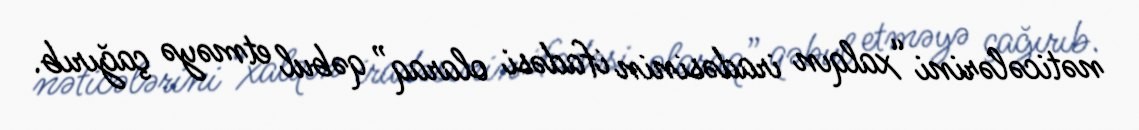
nəticələrini “xalqın iradəsinin ifadəsi olaraq” qəbul etməyə çağırıb.